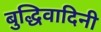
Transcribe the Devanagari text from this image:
बुद्धिवादिनी